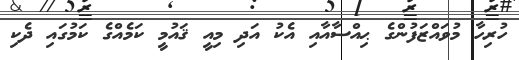
ހުރިހާ މުވައްޒަފުންގެ ޙިއްސާއާއި އެކު އަދި މިއީ ޤައުމީ ކަމެއްގެ ކަމުގައި ދެކި